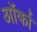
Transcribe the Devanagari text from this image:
ऑर्का